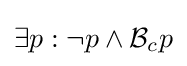
\exists p:\neg p\wedge {\mathcal {B}}_{c}p